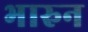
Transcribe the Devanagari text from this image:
भारुन